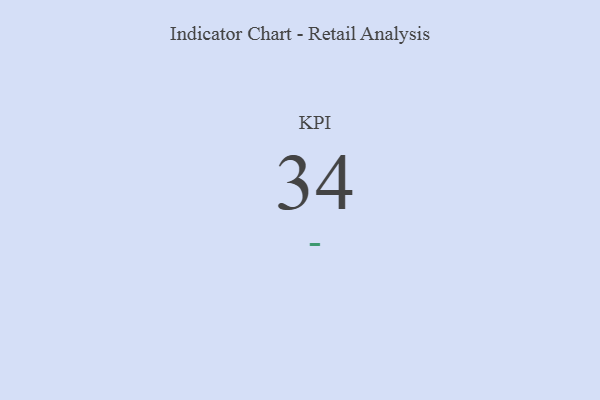
{"axis": {"x": "KPI", "y": "Value"}, "legend": [""], "data": [{"x": "KPI", "y": 34, "type": ""}]}